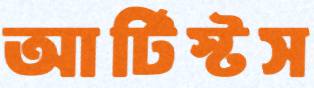
আর্টিস্টস